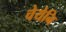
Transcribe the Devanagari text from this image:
चेयेनि